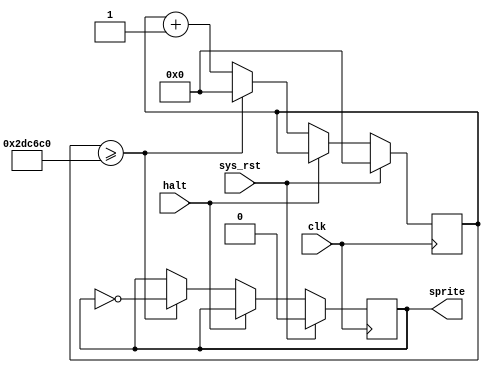
module dinosprite (
    input wire halt,
	output reg sprite,

	input wire clk,
	input wire sys_rst
);

localparam TOGGLE_DIVIDER = 3000000;

reg [24:0] ctr;

always @(posedge clk) begin
	if (sys_rst) begin
		ctr <= 0;
		sprite <= 0;
	end
    else if (!halt) begin
		ctr <= ctr + 1;
		if (ctr >= TOGGLE_DIVIDER) begin
			sprite <= ~sprite;
			ctr <= 0;
		end
	end
end

endmodule